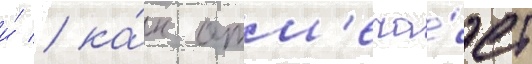
и́ / ка́к отм'еча́ет